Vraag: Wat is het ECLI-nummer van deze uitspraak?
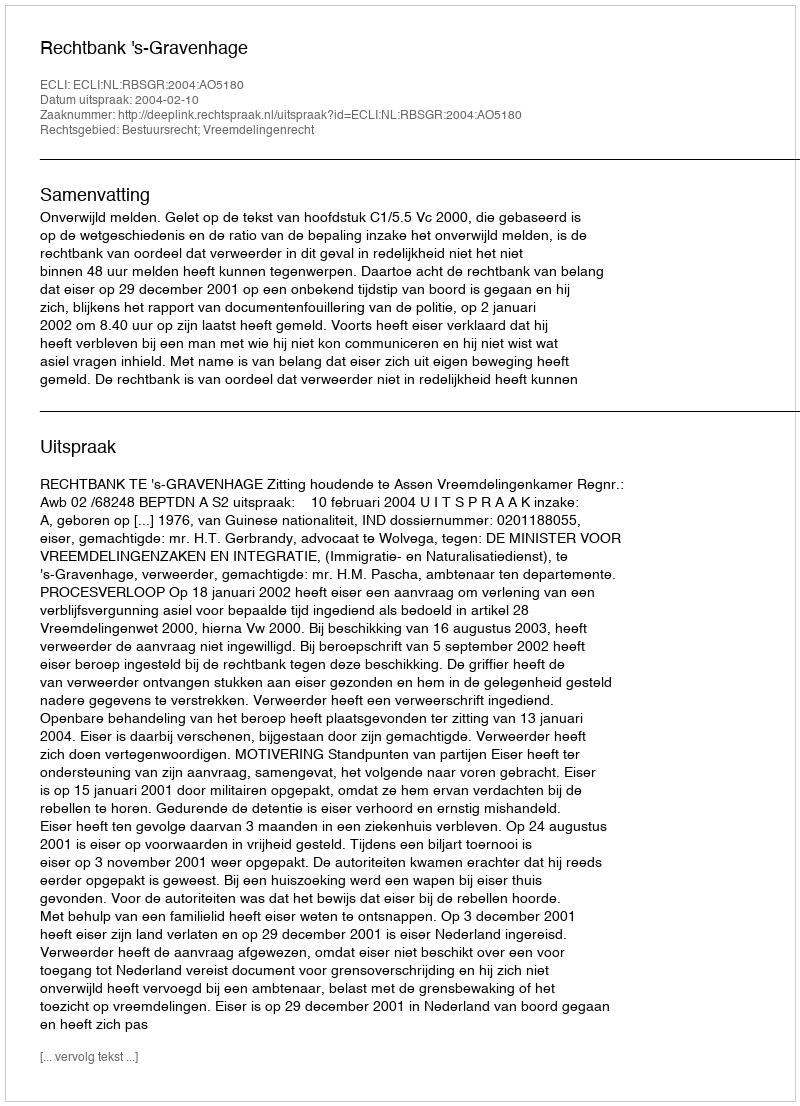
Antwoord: ECLI:NL:RBSGR:2004:AO5180